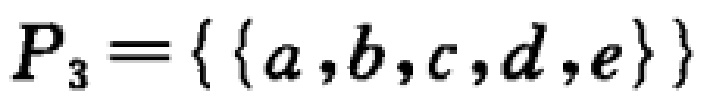
\(P_{3}=\{\{a,b,c,d,e\}\}\)